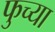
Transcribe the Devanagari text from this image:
फुच्या